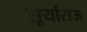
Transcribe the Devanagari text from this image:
सूर्याराऊ